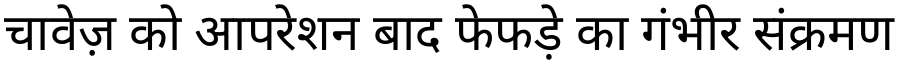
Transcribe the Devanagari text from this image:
चावेज़ को आपरेशन बाद फेफड़े का गंभीर संक्रमण